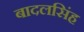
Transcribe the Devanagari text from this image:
बादलसिंह